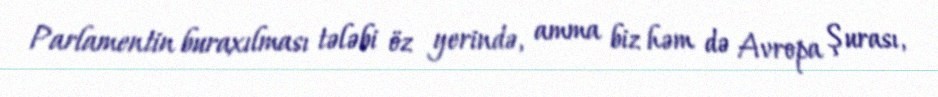
Parlamentin buraxılması tələbi öz yerində, amma biz həm də Avropa Şurası,